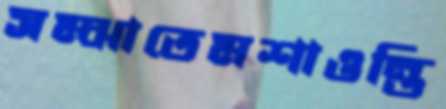
সম্‌ঝাতেমশাওন্তি